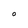
Character: O